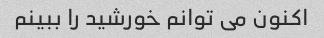
اکنون می توانم خورشید را ببینم